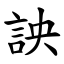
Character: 詇